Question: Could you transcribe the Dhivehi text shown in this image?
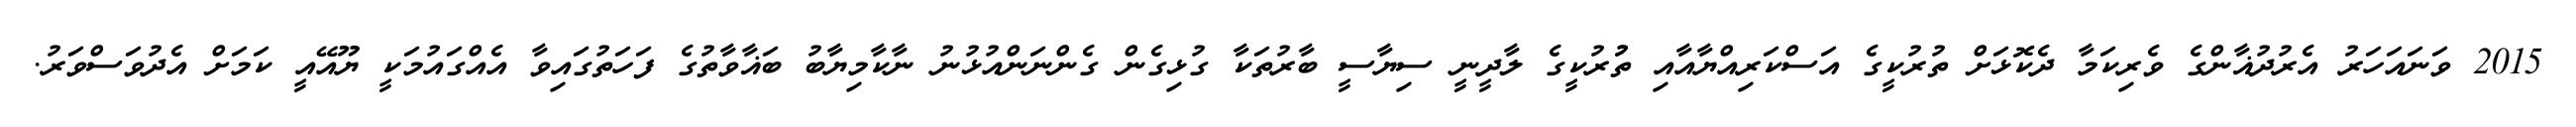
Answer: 2015 ވަނައަހަރު އެރުދުޣާންގެ ވެރިކަމާ ދެކޮޅަށް ތުރުކީގެ އަސްކަރިއްޔާއާއި ތުުރުކީގެ ލާދީނީ ސިޔާސީ ބާރުތަކާ ގުޅިގެން ގެންނަންއުޅުނު ނާކާމިޔާބު ބަޣާވާތުގެ ފަހަތުގައިވާ އެއްގައުމަކީ ޔޫއޭއީ ކަމަށް އެދުވަސްވަރު.